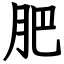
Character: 肥